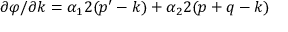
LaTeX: \partial \varphi / \partial k = \alpha _ { 1 } 2 ( p ^ { \prime } - k ) + \alpha _ { 2 } 2 ( p + q - k )